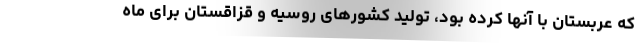
که عربستان با آنها کرده بود، تولید کشورهای روسیه و قزاقستان برای ماه